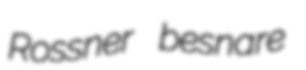
Rossner besnare